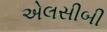
એલસીબી